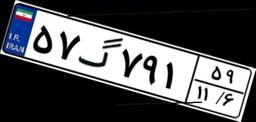
۵۷گ۷۹۱۵۹